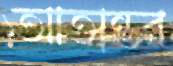
আতান্তর